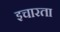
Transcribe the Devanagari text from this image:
इचारता